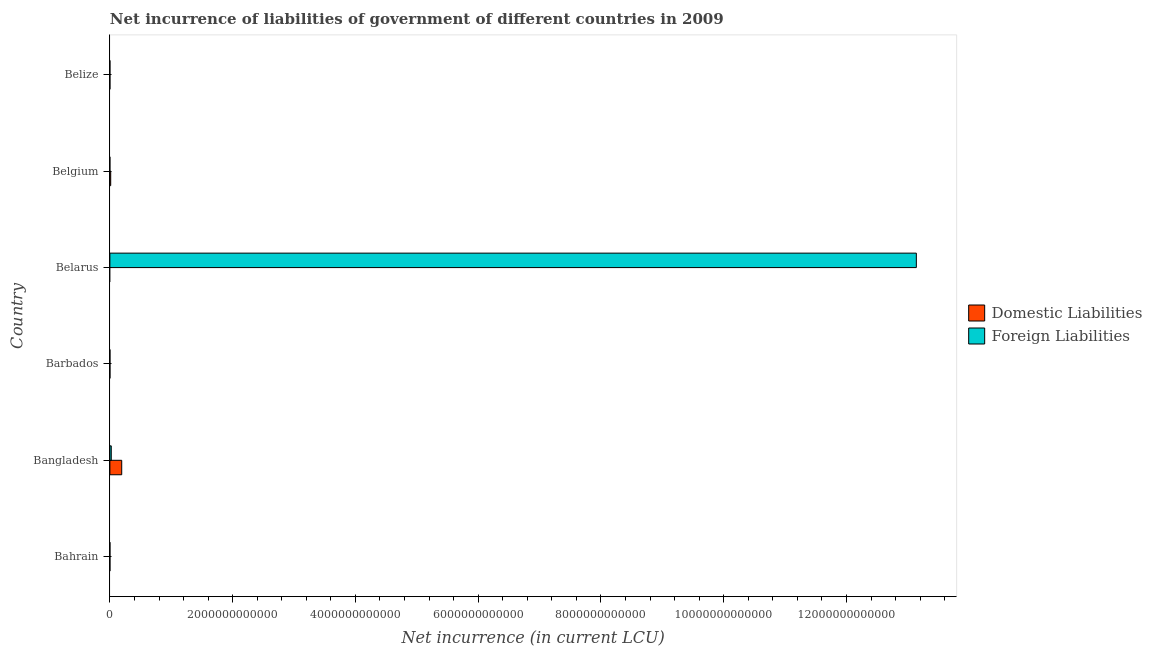
| Country | Domestic Liabilities | Foreign Liabilities |
 | --- | --- | --- |
 | Bahrain | 3.55e+08 | 3.09e+08 |
 | Bangladesh | 1.93e+11 | 2.24e+10 |
 | Barbados | 5.8e+08 | 3.75e+08 |
 | Belarus | -3.47e+12 | 1.31e+13 |
 | Belgium | 1.31e+10 | -8.47e+08 |
 | Belize | 4.26e+06 | 1.56e+07 |